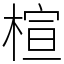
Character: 楦